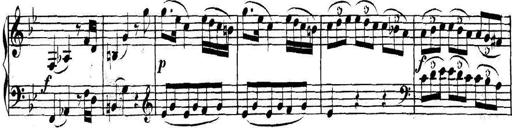
Title: Collected Piano Sonatas
Composer: Muzio Clementi